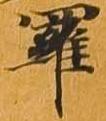
羅